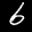
Label: 6